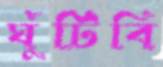
ঘুঁটিবি